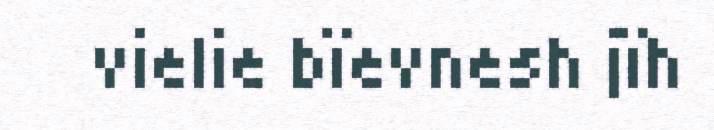
vielie bïevnesh jïh